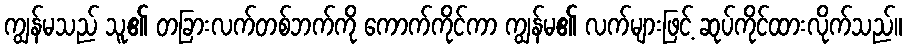
ကျွန်မသည် သူ၏ တခြားလက်တစ်ဘက်ကို ကောက်ကိုင်ကာ ကျွန်မ၏ လက်များဖြင့် ဆုပ်ကိုင်ထားလိုက်သည်။